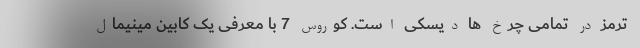
ترمز در تمامی چرخ ها دیسکی است. کوروس 7 با معرفی یک کابین مینیمال